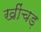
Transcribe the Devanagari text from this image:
खींचड़